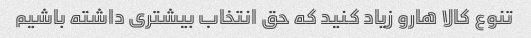
تنوع کالا هارو زیاد کنید که حق انتخاب بیشتری داشته باشیم